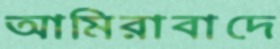
আমিরাবাদে